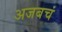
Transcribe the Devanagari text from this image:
अजबचं